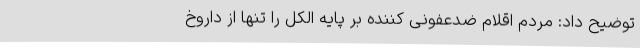
توضیح داد: مردم اقلام ضدعفونی کننده بر پایه الکل را تنها از داروخ